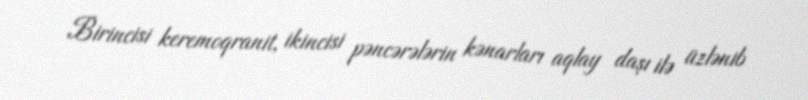
Birincisi keremoqranit, ikincisi pəncərələrin kənarları aqlay daşı ilə üzlənib